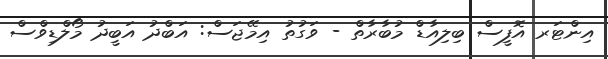
އިންޓަރ އޮފީސް ބިލިއާޑް މުބާރާތް - ވަގުތު އިމޭޖަސް: އަބްދު އަބީދު މޯލްޑިވްސް